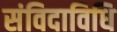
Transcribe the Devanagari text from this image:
संविदाविधि